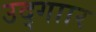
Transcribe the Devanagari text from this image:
उद्गाार